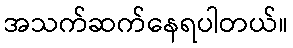
အသက်ဆက်နေရပါတယ်။